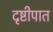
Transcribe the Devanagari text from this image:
दृष्टीपात